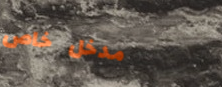
مدخل خاص